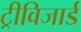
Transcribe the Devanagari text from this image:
ट्रीविजार्ड